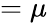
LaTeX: =\mu